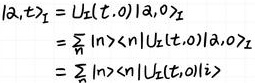
\[
\begin{align*}
|a, t\rangle_{I} &= U_{L}(t, 0)|a, 0\rangle_{I}\\
&=\sum_{n}|\eta\rangle\langle n|U_{L}(t, 0)|a, 0\rangle_{I}\\
&=\sum_{n}|\eta\rangle\langle n|U_{L}(t, 0)|i\rangle
\end{align*}
\]